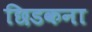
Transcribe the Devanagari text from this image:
छिडकना